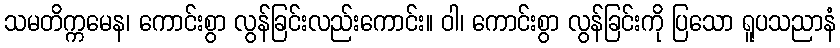
သမတိက္ကမေန၊ ကောင်းစွာ လွန်ခြင်းလည်းကောင်း။ ဝါ၊ ကောင်းစွာ လွန်ခြင်းကို ပြသော ရူပသညာနံ